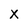
Character: X